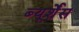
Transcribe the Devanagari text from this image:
ब्यूर्शेंस